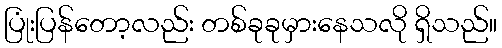
ပြုံးပြန်တော့လည်း တစ်ခုခုမှားနေသလို ရှိသည်။